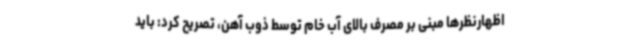
اظهارنظرها مبنی بر مصرف بالای آب خام توسط ذوب آهن، تصریح کرد: باید